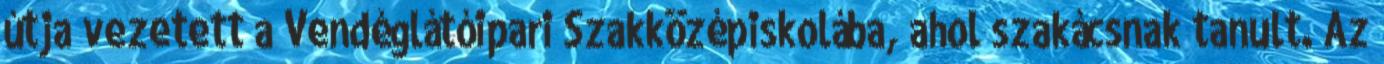
útja vezetett a Vendéglátóipari Szakközépiskolába, ahol szakácsnak tanult. Az